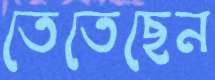
তেতেছেন